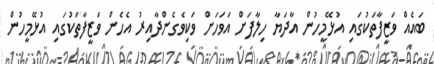
ބައެއް ވަޒީފާތަކުގައި އުޅޭމީހުން އާދަޔާ ހިލާފަށް އަވަހަށް ވަކިވެގެންދާއިރު އެހެން ވަޒީފާތަކުގައި އުޅޭމީހުން